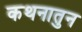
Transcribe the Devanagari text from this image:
कथनातुन